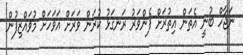
ނަޖާހް ބުނީ އެތަން އިތުރަށް ފެންވަރު ރަނގަޅު ކުރަން ވަރަށް އަވަހަށް މުވައްޒިފުން